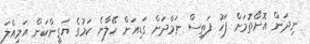
ނިދަން އޮށޯތުމަށް ފަހު ފަތިސް ނަމާދަށް ގަޑިއަށް ހޭލާނެ ކަމުގެ ޔަގީންކަން އަމިއްލަ